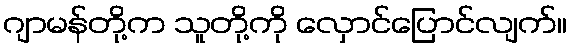
ဂျာမန်တို့က သူတို့ကို လှောင်ပြောင်လျက်။